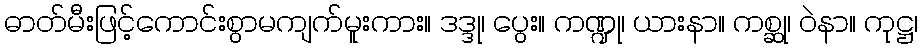
ဓာတ်မီးဖြင့်ကောင်းစွာမကျက်မူးကား။ ဒဒ္ဒု၊ ပွေး။ ကဏ္ဍု၊ ယားနာ။ ကစ္ဆု၊ ဝဲနာ။ ကုဋ္ဌ၊